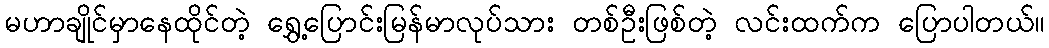
မဟာချိုင်မှာနေထိုင်တဲ့ ရွှေ့ပြောင်းမြန်မာလုပ်သား တစ်ဦးဖြစ်တဲ့ လင်းထက်က ပြောပါတယ်။